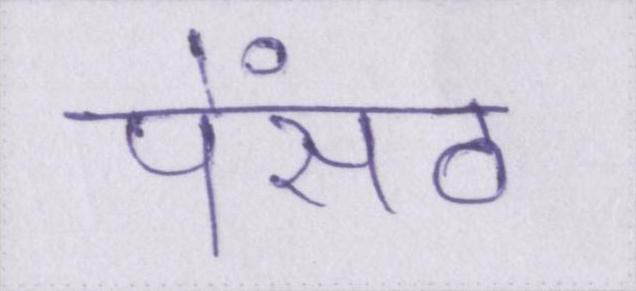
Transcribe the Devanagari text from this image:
पेंसठ